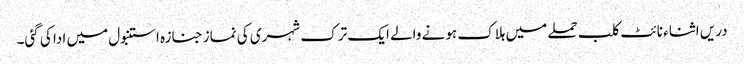
دریں اثناء نائٹ کلب حملے میں ہلاک ہونے والے ایک ترک شہری کی نماز جنازہ استنبول میں ادا کی گئی۔